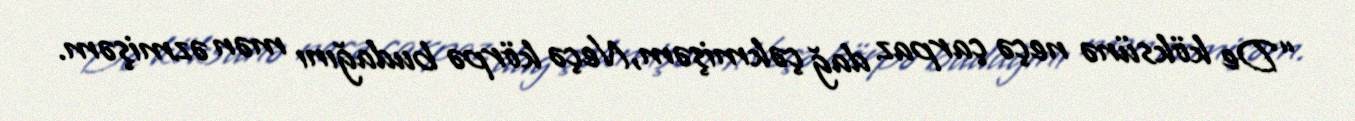
“De köksünə neçə çarpaz dağ çəkmişəm,Neçə körpə budağını mən əzmişəm.